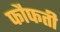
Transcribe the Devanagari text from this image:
फौफती